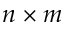
n \times m